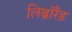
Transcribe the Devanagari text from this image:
लिब्रॉरैंड